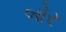
બોર